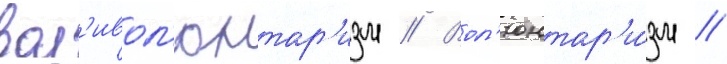
вол'ивол'юнтар'изм // Вол'юнтар'и́зм //